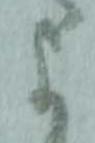
よ